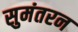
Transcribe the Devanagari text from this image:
सुमंतरन